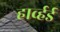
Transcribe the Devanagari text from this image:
हार्व्हर्ड